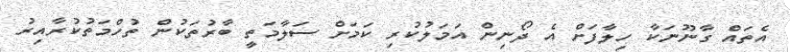
އެތައް ގާނޫނަކާ ހިލާފަށް އެ ދޯނިން އަމަލުކުރި ކަމަށް ސަލާމަތީ ބާރުތަކުން ތުހްމަތުކުރާއިރު